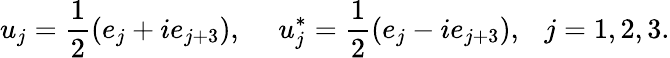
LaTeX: u_{j}=\frac{1}{2}(e_{j}+ie_{j+3}),~~~~~u_{j}^{*}=\frac{1}{2}(e_{j}-ie_{j+3}),~~~j=1,2,3.